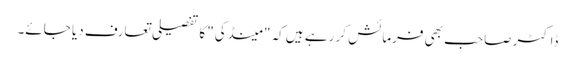
ڈاکٹر صاحب بھی فرمائش کر رہے ہیں کہ "مینڈکی" کا تفصیلی تعارف دیا جائے۔